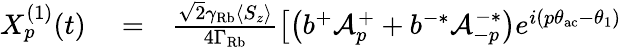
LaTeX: \begin{array}{rlr}{X_{p}^{(1)}(t)}&{{}=}&{\frac{\sqrt{2}\gamma_{\mathrm{Rb}}\langle S_{z}\rangle}{4\Gamma_{\mathrm{Rb}}}\left[\left(b^{+}\mathcal{A}_{p}^{+}+b^{-*}\mathcal{A}_{-p}^{-*}\right)e^{i(p\theta_{\mathrm{ac}}-\theta_{1})}\right.}\end{array}